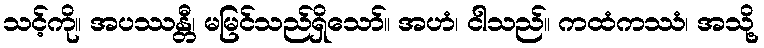
သင့်ကို။ အပဿန္တီ၊ မမြင်သည်ရှိသော်။ အဟံ၊ ငါသည်။ ကထံကဿံ၊ အသို့